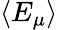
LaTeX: \langle E_{\mu}\rangle